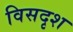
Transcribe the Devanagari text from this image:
विसदृश